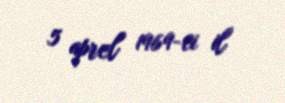
5 aprel 1969-ci il